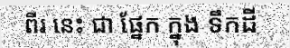
ពីរ នេះ ជា ផ្នែក ក្នុង ទឹកដី